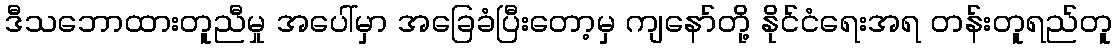
ဒီသဘောထားတူညီမှု အပေါ်မှာ အခြေခံပြီးတော့မှ ကျနော်တို့ နိုင်ငံရေးအရ တန်းတူရည်တူ